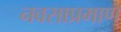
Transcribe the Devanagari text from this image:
नवसाप्रमाणे